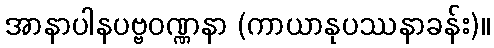
အာနာပါနပဗ္ဗဝဏ္ဏနာ (ကာယာနုပဿနာခန်း)။